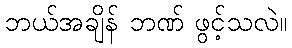
ဘယ်အချိန် ဘဏ် ဖွင့်သလဲ။